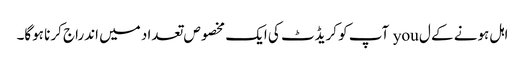
اہل ہونے کے ل you آپ کو کریڈٹ کی ایک مخصوص تعداد میں اندراج کرنا ہوگا۔